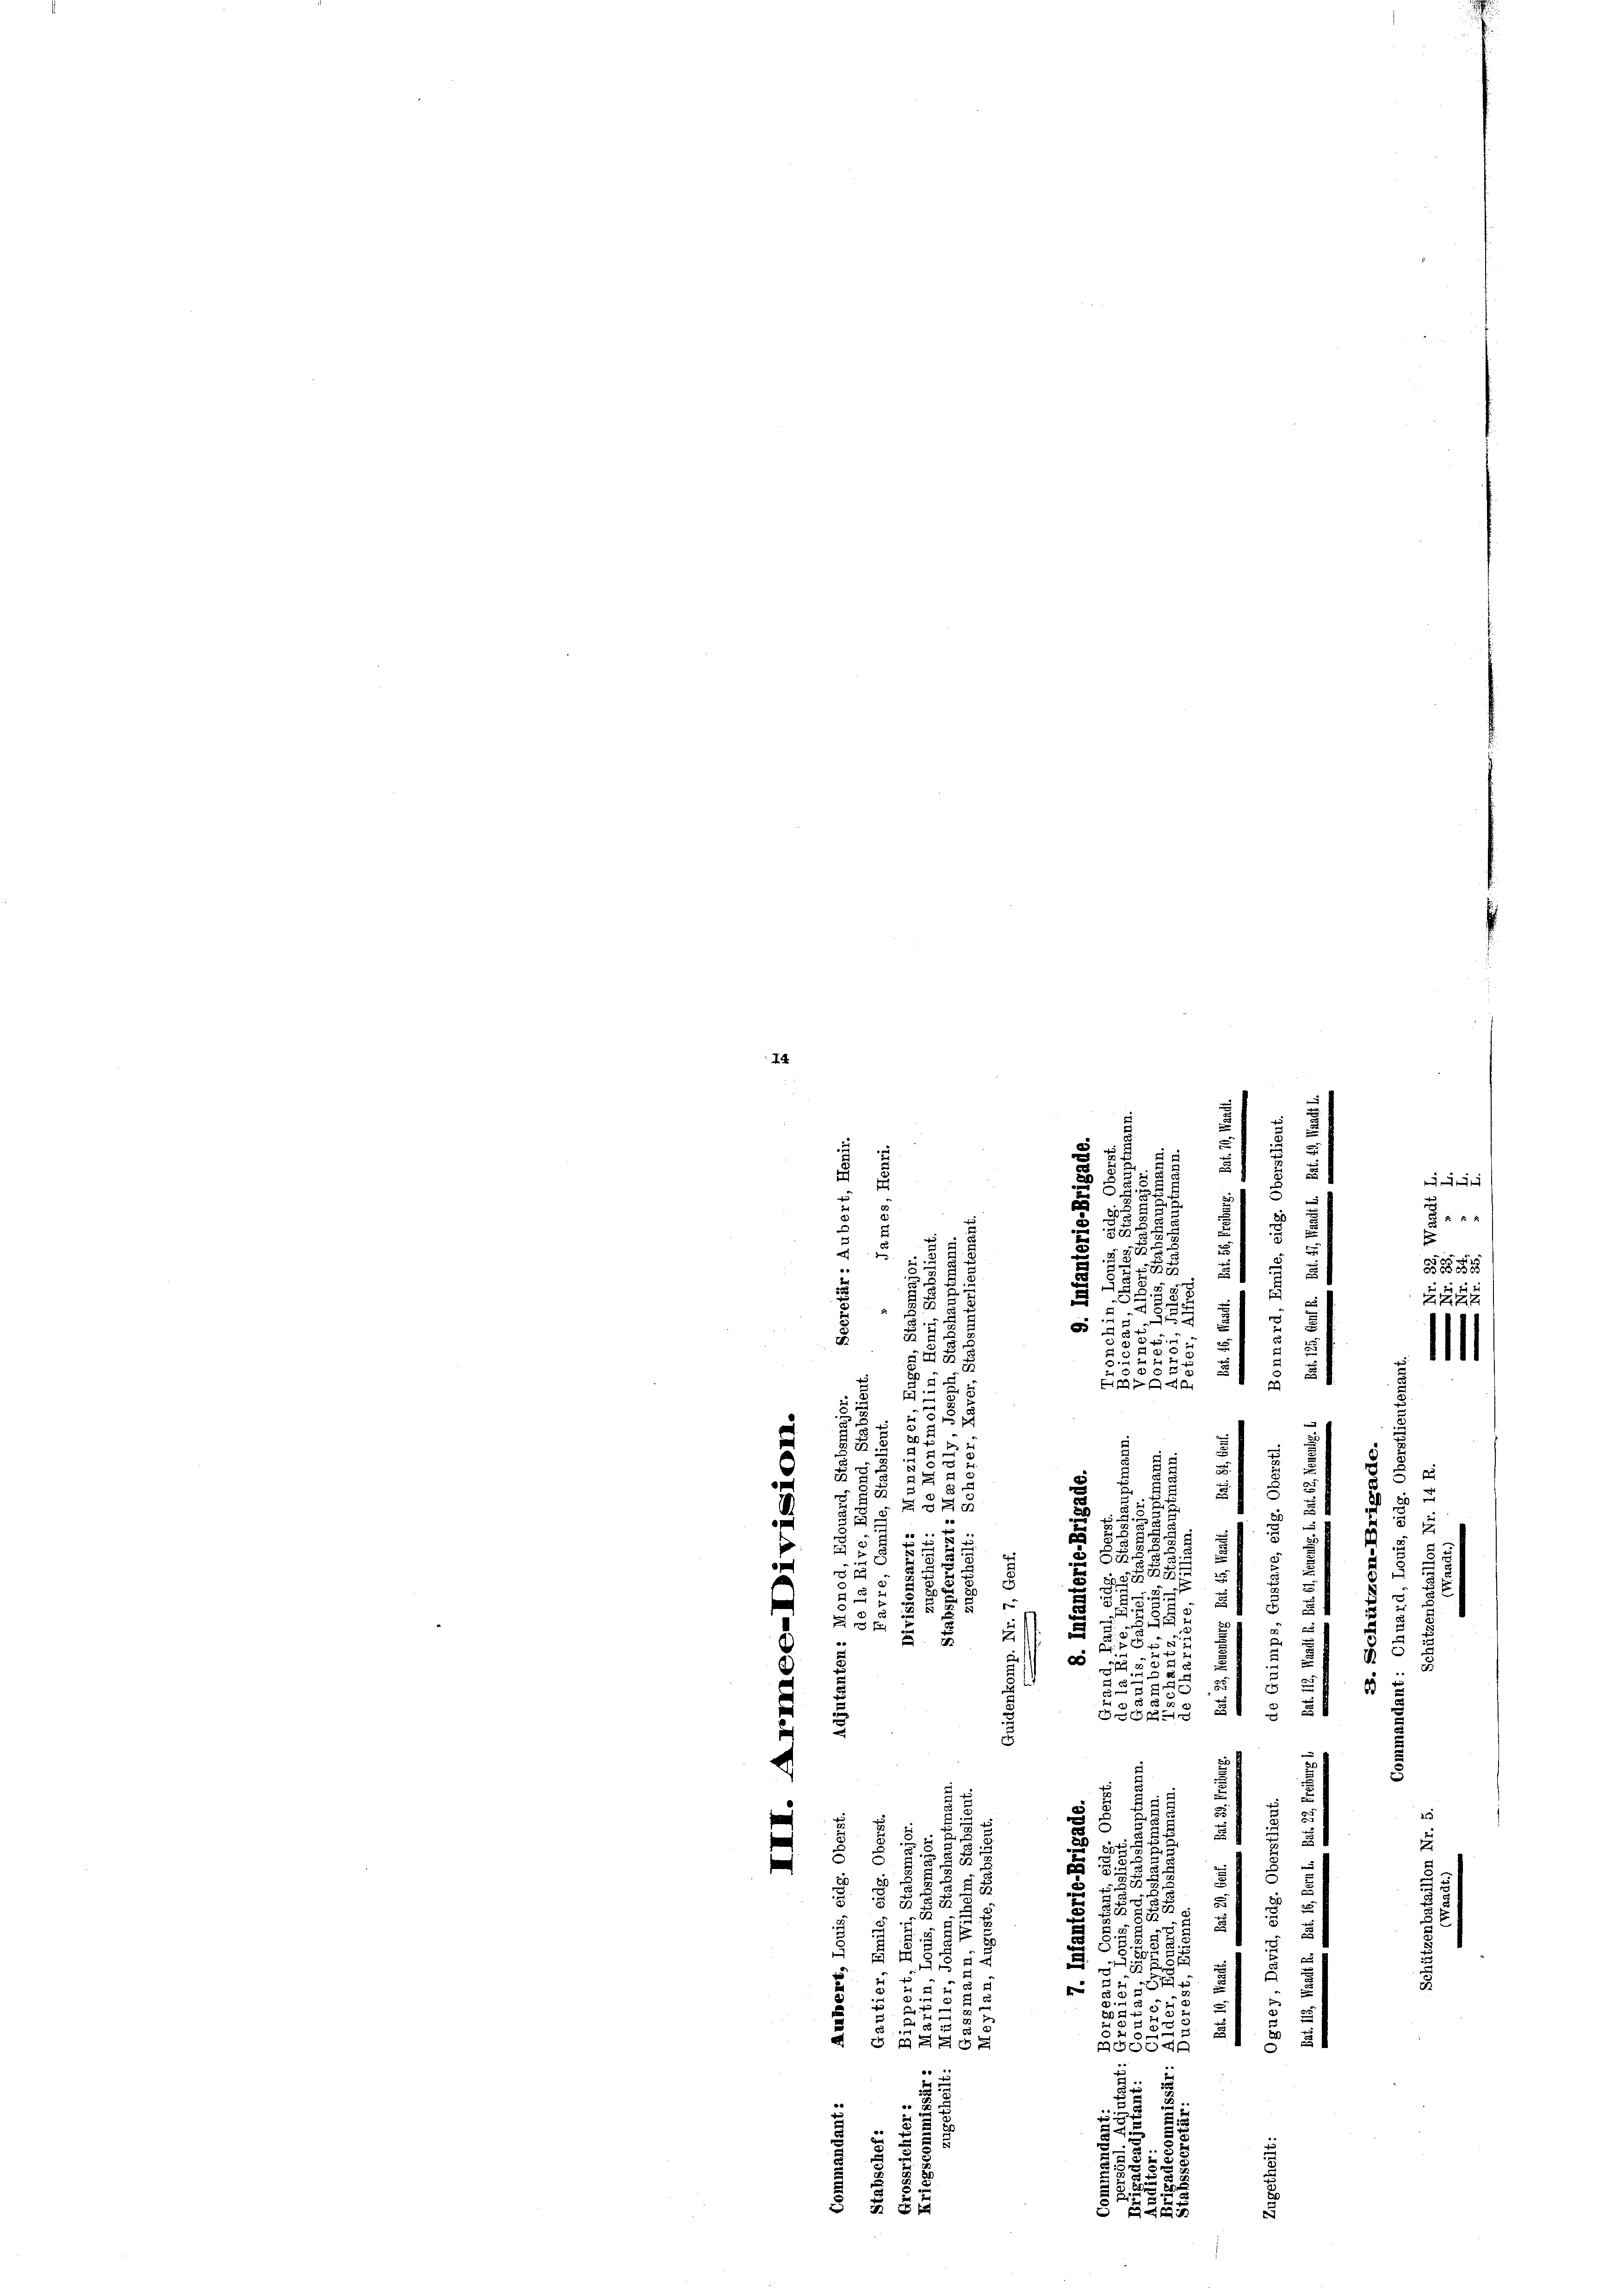
4

u
i
f
 f 4 x
8
2
.
d

u
e
88
u
e
a
fi
u
25

d
2
x
2
x
u
2
.
n
2

2

u

u
d
u
.
e
e
d
u
29.

und
x
n
2

u
2
25

u
55.
e
e
¬
1
u
i
82
5
e
.
t
5 x
e
a
e
d
u
.
.
2
 x
Fr
u
2
2
e
3
i
e
d
c
2
.
5
3
1
5
0
5
u
3
Be
2

d
3
.
wa
.
d
25
s
e
e
a
5
d
2
.
20 x
3
s
d
s

x
t
 1
2
§ 2
 47
B

u
u
.5
5
8
.

31
u
2
5

f
u
d
i
.

e
2
3
ASSE
i
s
¬
e
d
u
e

3
58
5
1
 8 x

2
e
2
.
u

u
e
1525
2222

111